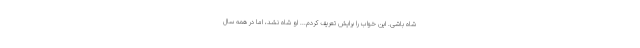
شاه باشی. این خواب را برایش تعریف کردم... او شاه نشد، اما در همه سال